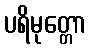
ပရိမုတ္တော